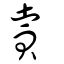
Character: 賣